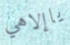
ياإلاهي